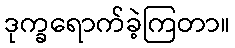
ဒုက္ခရောက်ခဲ့ကြတာ။